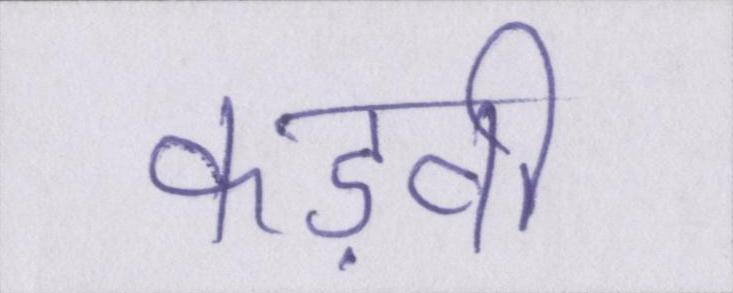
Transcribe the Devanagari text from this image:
कड़वी